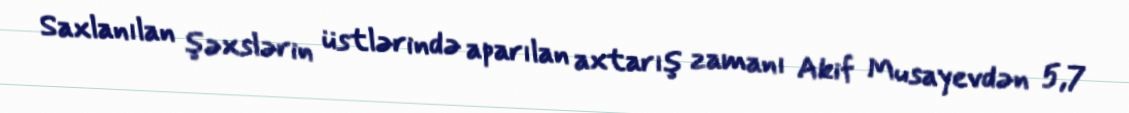
Saxlanılan şəxslərin üstlərində aparılan axtarış zamanı Akif Musayevdən 5,7